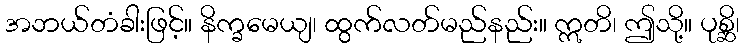
အဘယ်တံခါးဖြင့်။ နိက္ခမေယျ၊ ထွက်လတ်မည်နည်း။ ဣတိ၊ ဤသို့။ ပုစ္ဆိ၊